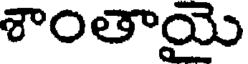
శాంతాయై